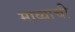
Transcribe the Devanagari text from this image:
माव्याची